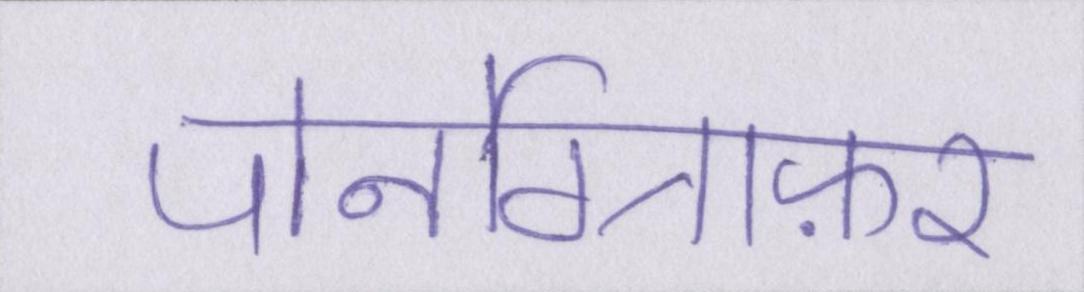
पोर्नोग्राफ़र